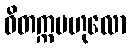
ဝိတက္ကဗဟုလော